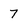
Character: 7